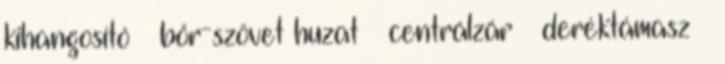
kihangosító – bőr-szövet huzat – centrálzár – deréktámasz –